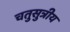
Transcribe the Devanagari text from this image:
चतुसुत्रीय